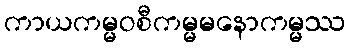
ကာယကမ္မဝစီကမ္မမနောကမ္မဿ